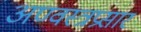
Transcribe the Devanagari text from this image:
अण्वस्त्रप्रसार